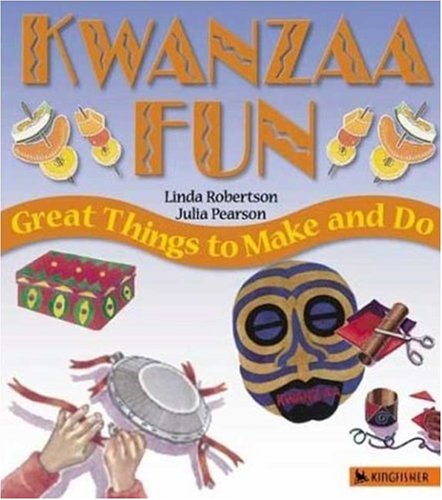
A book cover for Kwanzaa Fun: Great Things to Make and Do (Holiday Fun); Linda Robertson; Children's Books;